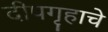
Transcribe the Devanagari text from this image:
दीपगृहाचे